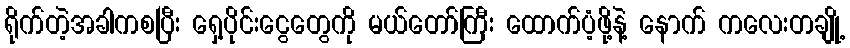
ရိုက်တဲ့အခါကစပြီး ရှေ့ပိုင်းငွေတွေကို မယ်တော်ကြီး ထောက်ပံ့ဖို့နဲ့ နောက် ကလေးတချို့